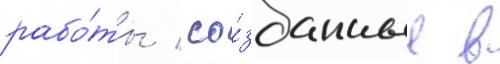
рабо́ты / со́зданные в